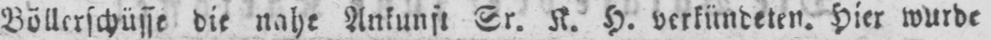
Böllerschüsse die nahe Ankunft Sr. K. H. verkündeten. Hier wurde